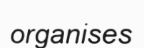
organises